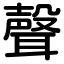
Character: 聲